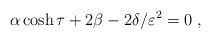
LaTeX: \begin{align*}\alpha \cosh \tau + 2 \beta - 2 \delta / \varepsilon^2 = 0 \ ,\end{align*}